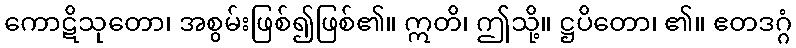
ကောဋိသုတော၊ အစွမ်းဖြစ်၍ဖြစ်၏။ ဣတိ၊ ဤသို့။ ဋ္ဌပိတော၊ ၏။ ဧတဒဂ္ဂံ